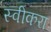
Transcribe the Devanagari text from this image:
स्वीकरा